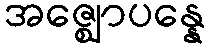
အဇ္ဈောပန္နေ